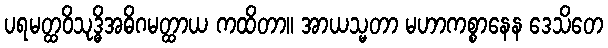
ပရမတ္ထဝိသုဒ္ဓိအဓိဂမတ္ထာယ ကထိတာ။ အာယသ္မတာ မဟာကစ္စာနေန ဒေသိတေ